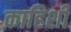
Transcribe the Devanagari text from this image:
काहिशी